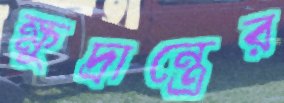
ক্ষুদ্রান্ত্রের